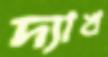
দ্যাখ